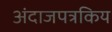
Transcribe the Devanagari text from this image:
अंदाजपत्रकिय